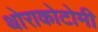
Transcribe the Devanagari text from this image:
थोराकोटोमी